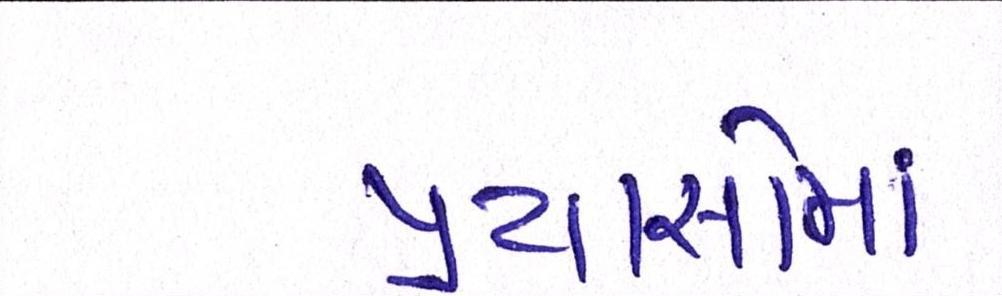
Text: પ્રયાસોમાં